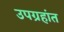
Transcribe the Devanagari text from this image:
उपग्रहांत